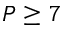
P \geq 7